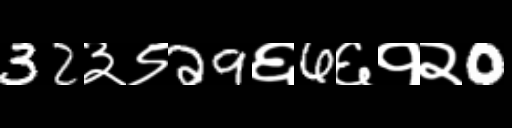
Text: 32३९29६6६१२0